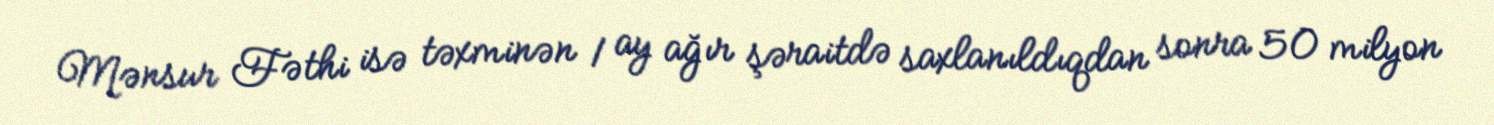
Mənsur Fəthi isə təxminən 1 ay ağır şəraitdə saxlanıldıqdan sonra 50 milyon